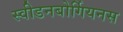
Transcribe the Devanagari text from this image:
स्वीडनबोर्गियनस